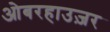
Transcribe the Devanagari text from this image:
ओबरहाउज़र